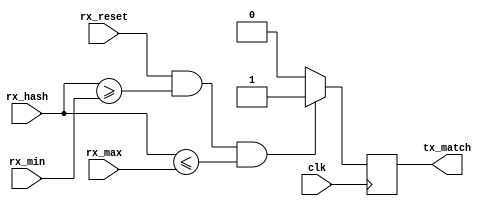
/*
*
* Copyright (c) 2013 fpgaminer@bitcoin-mining.com
*
*
*
* This program is free software: you can redistribute it and/or modify
* it under the terms of the GNU General Public License as published by
* the Free Software Foundation, either version 3 of the License, or
* (at your option) any later version.
*
* This program is distributed in the hope that it will be useful,
* but WITHOUT ANY WARRANTY; without even the implied warranty of
* MERCHANTABILITY or FITNESS FOR A PARTICULAR PURPOSE.  See the
* GNU General Public License for more details.
*
* You should have received a copy of the GNU General Public License
* along with this program.  If not, see <http://www.gnu.org/licenses/>.
* 
*/

module vanity_compare (
	input clk,
	input rx_reset,
	input [159:0] rx_min,
	input [159:0] rx_max,
	input [159:0] rx_hash,
	output reg tx_match = 1'b0
);

	always @ (posedge clk)
	begin
		tx_match <= 1'b0;

		if (rx_reset && rx_hash >= rx_min && rx_hash <= rx_max)
			tx_match <= 1'b1;
	end

endmodule